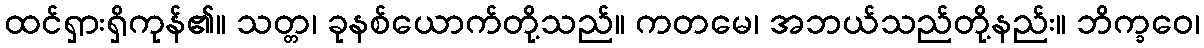
ထင်ရှားရှိကုန်၏။ သတ္တ၊ ခုနစ်ယောက်တို့သည်။ ကတမေ၊ အဘယ်သည်တို့နည်း။ ဘိက္ခဝေ၊